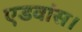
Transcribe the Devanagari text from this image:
एडवांस।